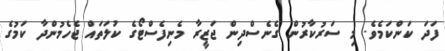
ފަދަ ކަންކަމެވެ. މި ސަރުކާރުން ގެނެސްދިން ޖަޒީރާ މެނިފެސްޓޯގެ ކުލަތައް ޖެހެމުންދާ ކަމުގެ